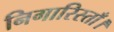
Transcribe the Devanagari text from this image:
निगारिस्ताँ।